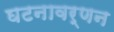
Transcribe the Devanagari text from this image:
घटनावर्णन